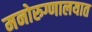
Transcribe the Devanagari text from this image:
मनोरुग्णालयात